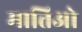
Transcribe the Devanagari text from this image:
मात्तिओ